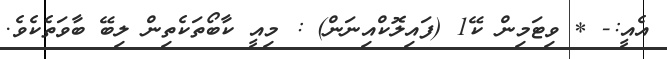
އެއީ:- * ވިޓަމިން ކޭ1 (ފައިލޮކްއިނަން) : މިއީ ކާބޯތަކެތިން ލިބޭ ބާވަތެކެވެ.